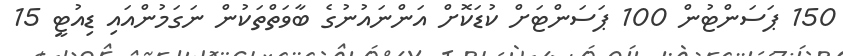
150 ޕަސަންޓުން 100 ޕަސަންޓަށް ކުޑަކޮށް އަންނައުނުގެ ބާވަތްތަކުން ނަގަމުންއައި ޑިއުޓީ 15